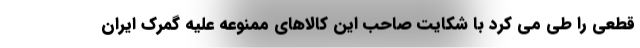
قطعی را طی می کرد با شکایت صاحب این کالاهای ممنوعه علیه گمرک ایران